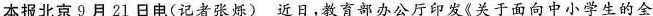
本报北京9月21日电(记者张烁)近日，教育部办公厅印发《关于面向中小学生的全